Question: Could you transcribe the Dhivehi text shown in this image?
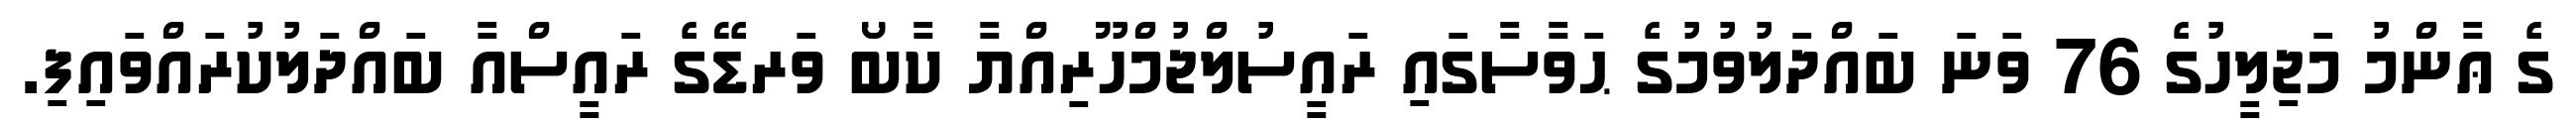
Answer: ގެ ޢާންމު މަޖިލީހުގެ 76 ވަނަ ބައްދަލުވުމުގެ ޙަވާސާގައި ރައީސުލްޖުމްހޫރިއްޔާ ކާބޯ ވަރޑޭގެ ރައީސްއާ ބައްދަލުކުރައްވައިފި.